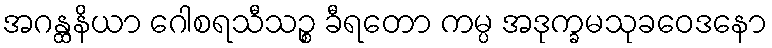
အဂန္ထနိယာ ဂေါစရသီသဉ္စ ခီရတော ကမ္ပ အဒုက္ခမသုခဝေဒနော